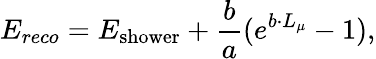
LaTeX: E_{reco}=E_{\mathrm{shower}}+\frac{b}{a}(e^{b\cdot L_{\mu}}-1),